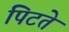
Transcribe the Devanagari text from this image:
पिटते